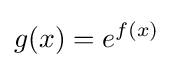
g(x)=e^{f(x)}